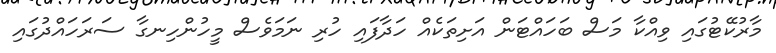
މާރުކޭޓުގައި ވިއްކާ މަސް ބަހައްޓަން އަށިތަކެއް ހަދާފައި ހުރި ނަމަވެސް މީހުންހިނގާ ސަރަހައްދުގައި